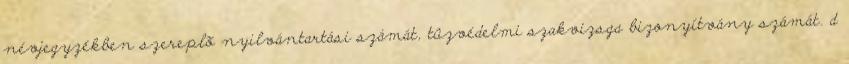
névjegyzékben szereplõ nyilvántartási számát, tûzvédelmi szakvizsga bizonyítvány számát. d